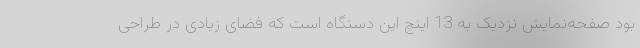
بود صفحه‌نمایش نزدیک به 13 اینچ این دستگاه است که فضای زیادی در طراحی